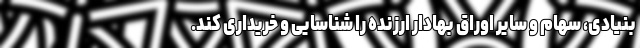
بنیادی، سهام و سایر اوراق بهادار ارزنده را شناسایی و خریداری کند.